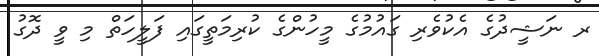
ރ ނަޝީދުގެ އެކުވެރި ގައުމުގެ މީހުންގެ ކުރިމަތީގައި ފަލީހަތް މި ވީ ދޮގު